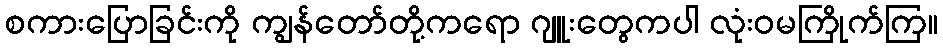
စကားပြောခြင်းကို ကျွန်တော်တို့ကရော ဂျူးတွေကပါ လုံးဝမကြိုက်ကြ။